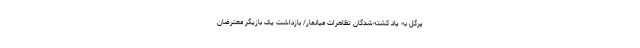
پرگل به یاد کشته‌شدگان تظاهرات میانمار/ بازداشت یک بازیگر معترضان